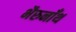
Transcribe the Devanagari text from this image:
भैरुनाँथ